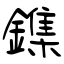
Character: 鏶